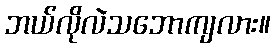
ဘယ်လိုလဲသဘောကျလား။